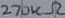
Text: 270kΩ